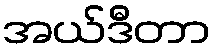
အယ်ဒီတာ